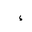
Letter: _hamza